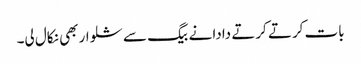
بات کرتے کرتے دادا نے بیگ سے شلوار بھی نکال لی۔